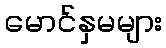
မောင်နှမများ